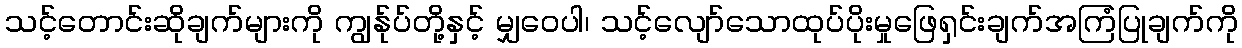
သင့်တောင်းဆိုချက်များကို ကျွန်ုပ်တို့နှင့် မျှဝေပါ၊ သင့်လျော်သောထုပ်ပိုးမှုဖြေရှင်းချက်အကြံပြုချက်ကို